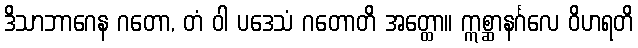
ဒိသာဘာဂေန ဂတော, တံ ဝါ ပဒေသံ ဂတောတိ အတ္ထော။ ဣစ္ဆာနင်္ဂလေ ဝိဟရတိ